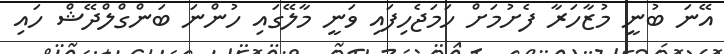
އޭނަ ބުނީ މުޒާހަރާ ފެށުމަށް ހަމަޖެހިފައި ވަނީ މާލޭގައި ހުންނަ ބަންގްލްދޭޝް ހައި